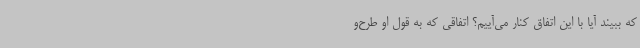
که ببیند آیا با این اتفاق کنار می‌آییم؟ اتفاقی که به قول او طرح‌و